Scientific memoirs by medical officers of the Army of India - Part V,
Year: 1890
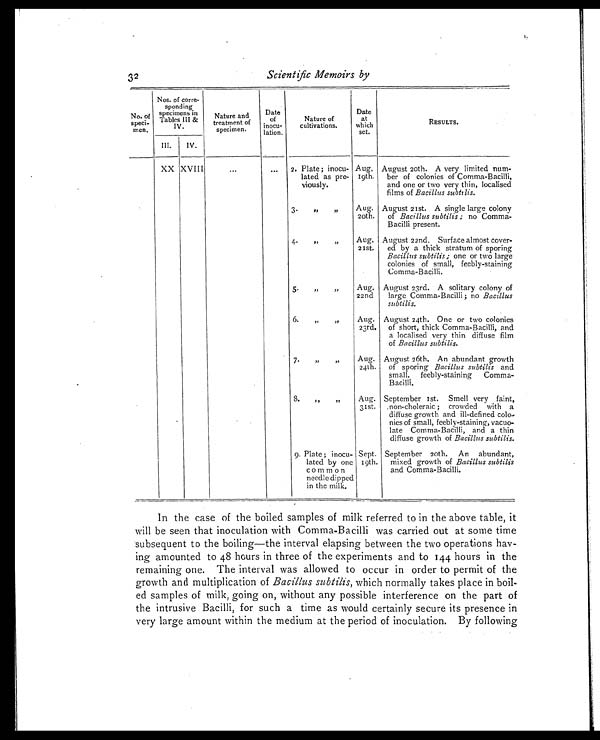
32
Scientific Memoirs by
No. of
speci-
men.
Nos. of corre-
sponding
specimens in
Tables III &
IV.
Nature and
treatment of
specimen.
Date
of
inocu-
lation.
Nature of
cultivations.
Date
at
which
set.
RESULTS.
III. IV.
XX XVIII
... ... 2. Plate; inocu-
lated as pre-
viously.
Aug,
19th.
August 20th. A very limited num-
ber of colonies of Comma-Bacilli,
and one or two very thin, localised
films of Bacillus subtilis.
3. ,, ,,
Aug.
20th.
August 21st. A single large colony
of Bacillus subtilis ; no Comma-
Bacilli present.
4. ,, ,,
Aug.
21st.
August 22nd. Surface almost cover-
ed by a thick stratum of sporing
Bacillus subtilis; one or two large
colonies of small, feebly-staining
Comma-Bacilli.
5. ,,
,,
Aug.
22nd
August 23rd. A solitary colony of
large Comma-Bacilli ; no Bacillus
subtilis.
6. ,,
,,
Aug.
23rd.
August 24th. One or two colonies
of short, thick Comma-Bacilli, and
a localised very thin diffuse film
of Bacillus subtilis.
7. ,, ,,
Aug.
24th.
August 26th. An abundant growth
of sporing Bacillus subtilis and
small, feebly-staining Comma-
Bacilli.
8 ,,
,,
Aug.
31st.
September 1st. Smell very faint,
non-choleraic ; crowded with a
diffuse growth and ill-defined colo-
nies of small, feebly-staining, vacuo-
late Comma-Bacilli, and a thin
diffuse growth of Bacillus subtilis.
9. Plate ; inocu-
lated by one
common
needle dipped
in the milk.
Sept.
19th.
September 20th. An abundant,
mixed growth of Bacillus subtilis
and Comma-Bacilli.
In the case of the boiled samples of milk referred to in the above table, it
will be seen that inoculation with Comma-Bacilli was carried out at some time
subsequent to the boiling—the interval elapsing between the two operations hav
-
ing amounted to 48 hours in three of the experiments and to 144 hours in the
remaining one. The interval was allowed to occur in order to permit of the
growth and multiplication of Bacillus subtilis, which normally takes place in boil
-
ed samples of milk, going on, without any possible interference on the part of
the intrusive Bacilli, for such a time as would certainly secure its presence in
very large amount within the medium at the period of inoculation. By following